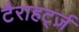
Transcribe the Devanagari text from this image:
टैराहर्ट्ज़